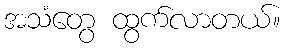
အသံတွေ ထွက်လာတယ်။